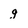
Character: g